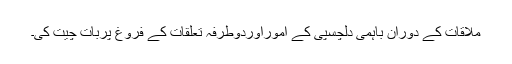
ملاقات کے دوران باہمی دلچسپی کے اموراوردوطرفہ تعلقات کے فروغ پربات چیت کی۔